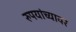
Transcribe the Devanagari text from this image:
रुपयांच्यावर